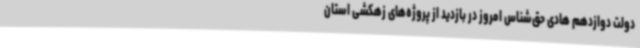
دولت دوازدهم هادی حق‌شناس امروز در بازدید از پروژه‌های زهکشی استان